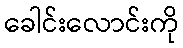
ခေါင်းလောင်းကို